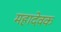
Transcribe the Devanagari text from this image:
महादेवक